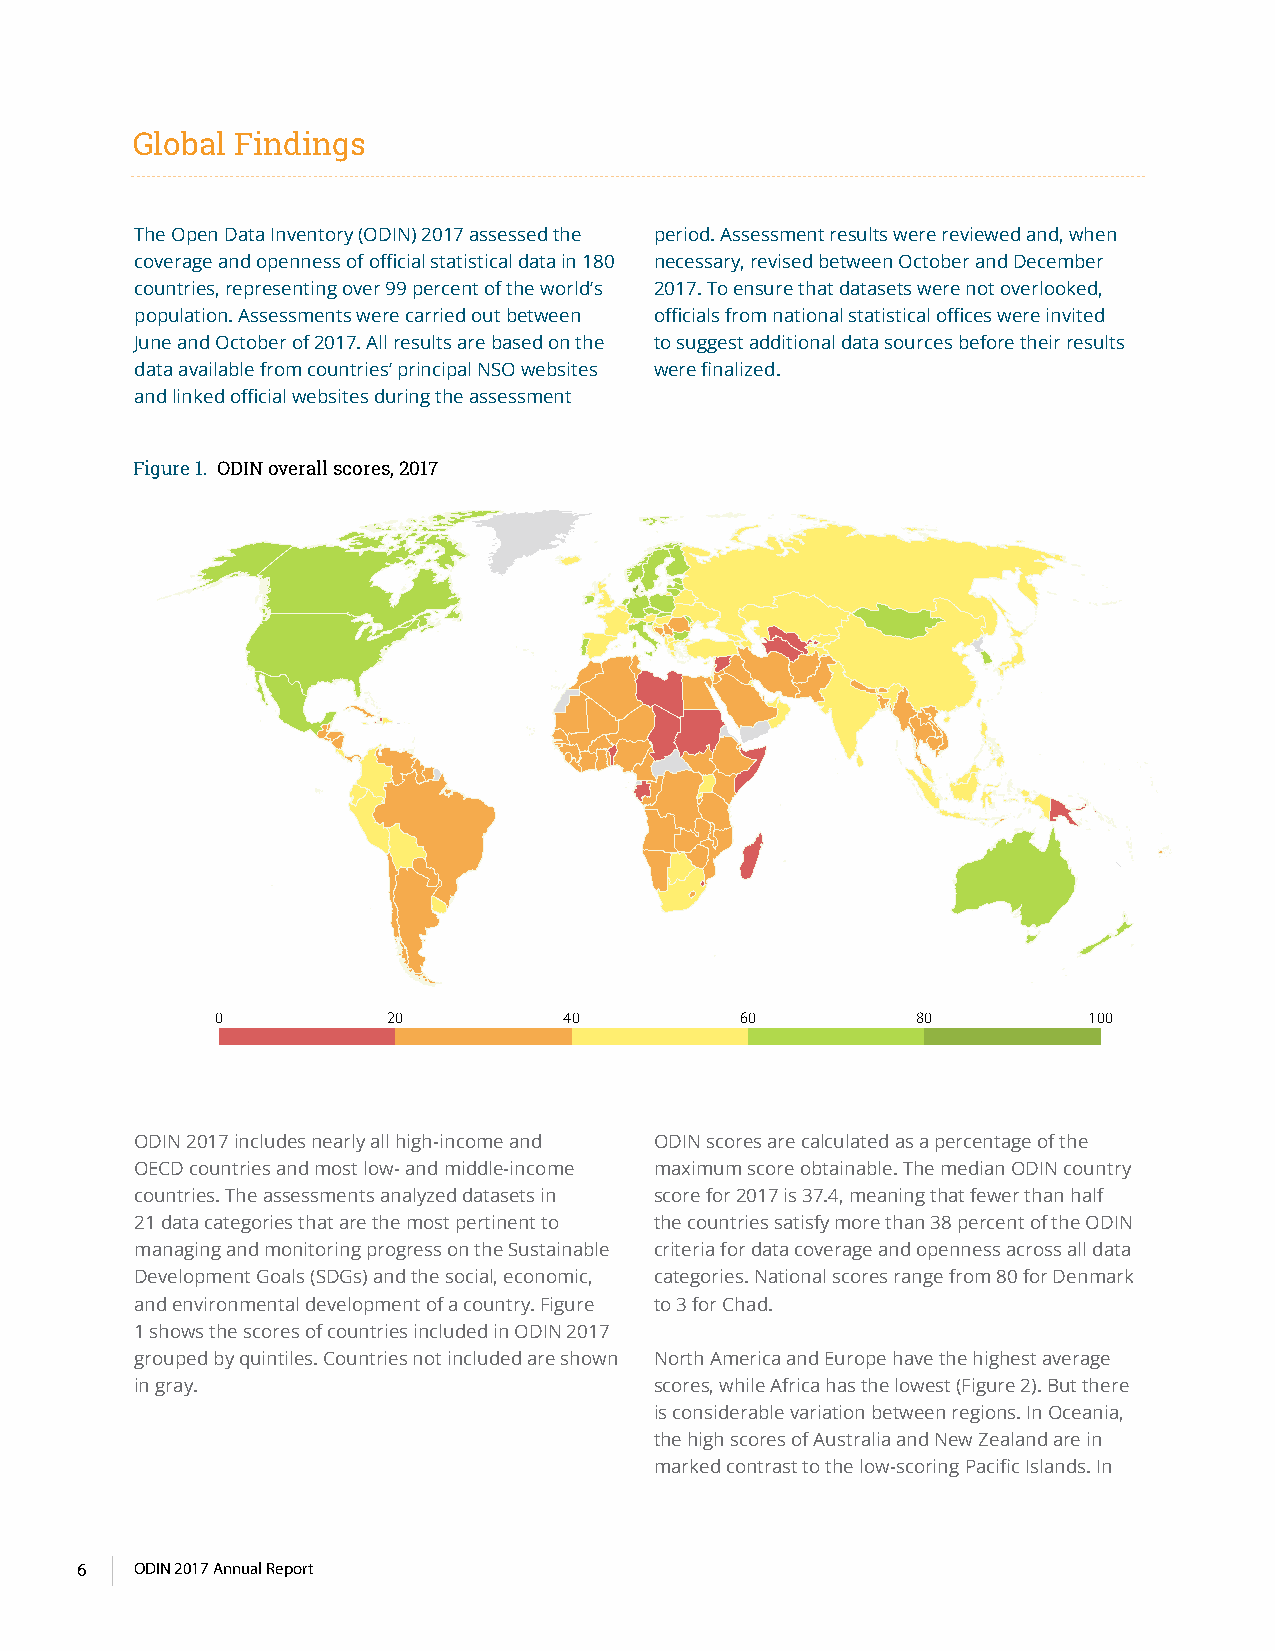
Global Findings
 The Open Data Inventory (ODIN) 2017 assessed the period. Assessment results were reviewed and, when
 coverage and openness of official statistical data in 180 necessary, revised between October and December
 countries, representing over 99 percent of the world’s 2017. To ensure that datasets were not overlooked,
 population. Assessments were carried out between officials from national statistical offices were invited
 June and October of 2017. All results are based on the to suggest additional data sources before their results
 data available from countries’ principal NSO websites were finalized.
 and linked official websites during the assessment
 Figure 1. ODIN overall scores, 2017
 0           20         40          60          80         100
 ODIN 2017 includes nearly all high-income and ODIN scores are calculated as a percentage of the
 OECD countries and most low- and middle-income maximum score obtainable. The median ODIN country
 countries. The assessments analyzed datasets in score for 2017 is 37.4, meaning that fewer than half
 21 data categories that are the most pertinent to the countries satisfy more than 38 percent of the ODIN
 managing and monitoring progress on the Sustainable criteria for data coverage and openness across all data
 Development Goals (SDGs) and the social, economic, categories. National scores range from 80 for Denmark
 and environmental development of a country. Figure to 3 for Chad.
 1 shows the scores of countries included in ODIN 2017
 grouped by quintiles. Countries not included are shown North America and Europe have the highest average
 in gray.                          scores, while Africa has the lowest (Figure 2). But there
 is considerable variation between regions. In Oceania,
 the high scores of Australia and New Zealand are in
 marked contrast to the low-scoring Pacific Islands. In
 6   ODIN 2017 Annual Report